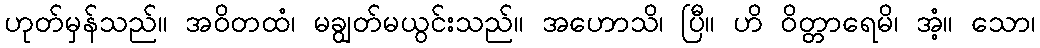
ဟုတ်မှန်သည်။ အဝိတထံ၊ မချွတ်မယွင်းသည်။ အဟောသိ၊ ပြီ။ ဟိ ဝိတ္တာရေမိ၊ အံ့။ သော၊